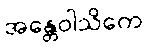
အန္တေဝါသိကေ